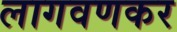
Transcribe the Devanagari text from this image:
लागवणकर